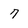
Character: 7